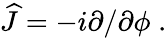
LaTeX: \begin{array}{r}{\widehat{J}=-i\partial/\partial\phi\; .}\end{array}